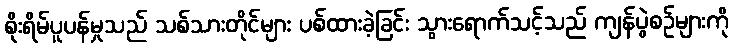
စိုးရိမ်ပူပန်မှုသည် သစ်သားတိုင်များ ပစ်ထားခဲ့ခြင်း သွားရောက်သင့်သည် ကျန်ပွဲစဉ်များကို